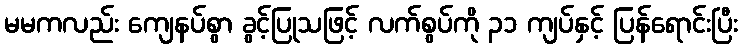
မမကလည်း ကျေနပ်စွာ ခွင့်ပြုသဖြင့် လက်စွပ်ကို ၃၁ ကျပ်နှင့် ပြန်ရောင်းပြီး